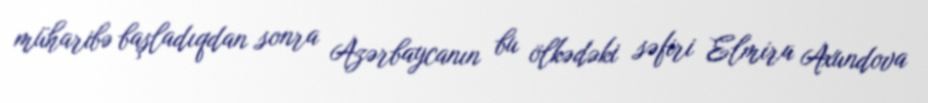
müharibə başladıqdan sonra Azərbaycanın bu ölkədəki səfiri Elmira Axundova